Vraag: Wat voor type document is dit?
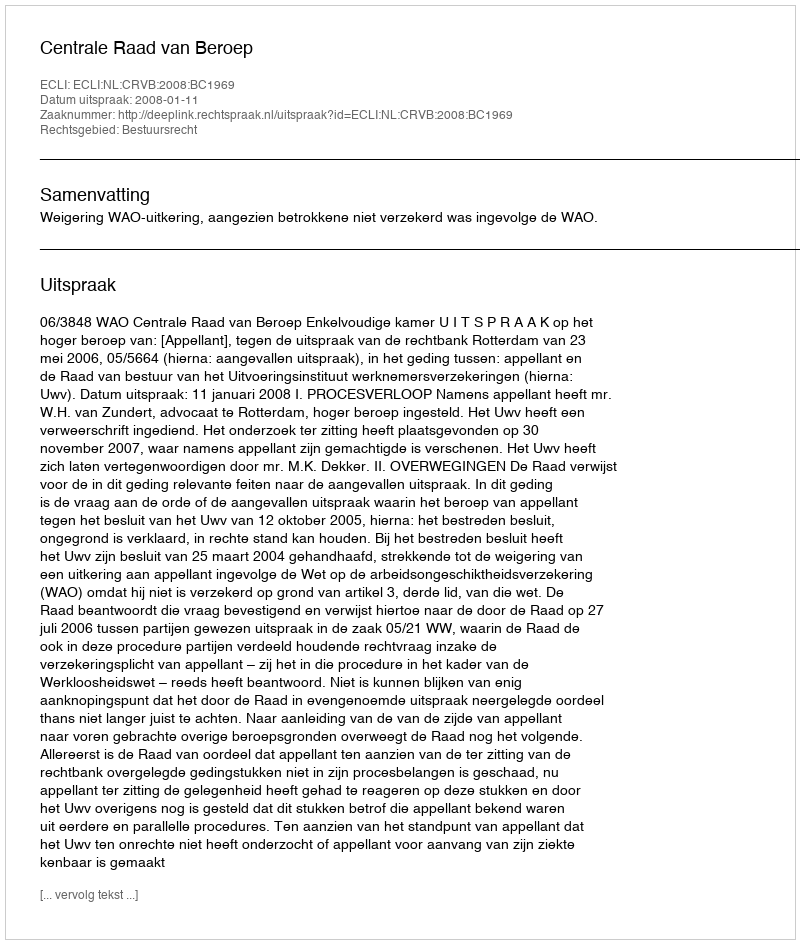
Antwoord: Uitspraak